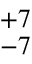
^ { + 7 } _ { - 7 }